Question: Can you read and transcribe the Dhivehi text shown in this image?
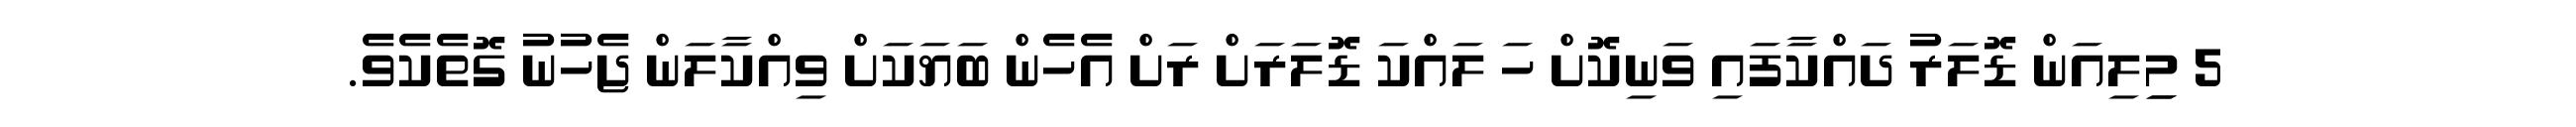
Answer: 5 މިިލިއަން ޑޮލަރު ދައްކާފައި ވަނިކޮށް ހަ ލައްކަ ޑޮލަރަށް ރަށް އެހެން ބަޔަކަށް ވިއްކާލަން ޖެހުނު ގޮތެކެވެ.